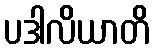
ပဒါလိယာတိ